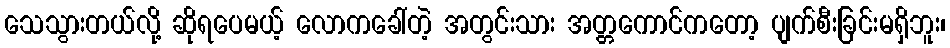
သေသွားတယ်လို့ ဆိုရပေမယ့် လောကခေါ်တဲ့ အတွင်းသား အတ္တကောင်ကတော့ ပျက်စီးခြင်းမရှိဘူး၊